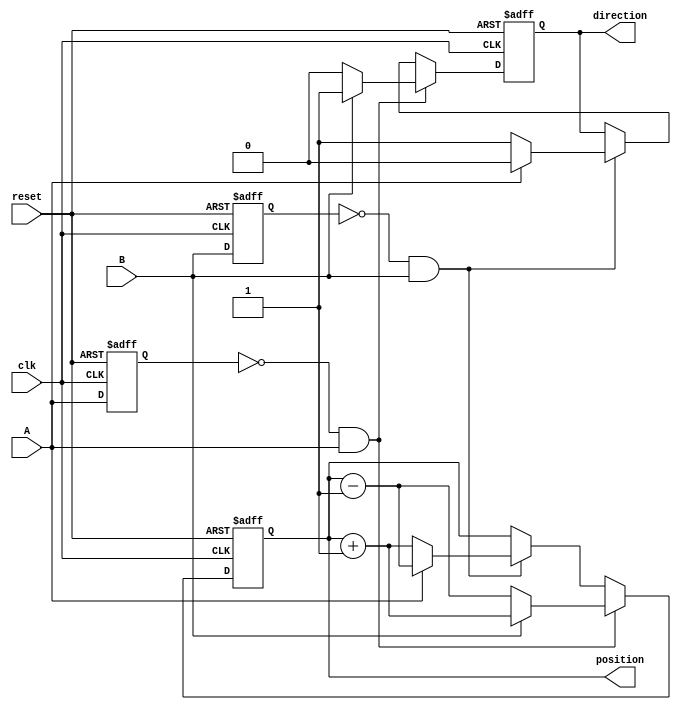
module rotary_encoder (
    input wire clk,          // Clock signal
    input wire reset,        // Reset signal
    input wire A,           // Signal A from the rotary encoder
    input wire B,           // Signal B from the rotary encoder
    output reg [15:0] position, // Position count (16-bit)
    output reg direction      // Direction (1 for CW, 0 for CCW)
);
    
    reg A_prev, B_prev;      // Previous states of A and B

    // Debouncing logic can be added here if needed

    // Edge detection and position counting
    always @(posedge clk or posedge reset) begin
        if (reset) begin
            position <= 16'b0; // Reset position count to zero
            direction <= 1'b0;  // Reset direction
            A_prev <= 1'b0;     // Initialize previous A state
            B_prev <= 1'b0;     // Initialize previous B state
        end else begin
            // Update previous states
            A_prev <= A;
            B_prev <= B;
            
            // Detect changes
            if (A_prev == 1'b0 && A == 1'b1) begin
                // Rising edge on A
                if (B == 1'b1) begin
                    // Clockwise rotation
                    position <= position + 1;
                    direction <= 1'b1; // CW
                end else begin
                    // Counterclockwise rotation
                    position <= position - 1;
                    direction <= 1'b0; // CCW
                end
            end else if (B_prev == 1'b0 && B == 1'b1) begin
                // Rising edge on B
                if (A == 1'b1) begin
                    // Counterclockwise rotation
                    position <= position - 1;
                    direction <= 1'b0; // CCW
                end else begin
                    // Clockwise rotation
                    position <= position + 1;
                    direction <= 1'b1; // CW
                end
            end
        end
    end

endmodule